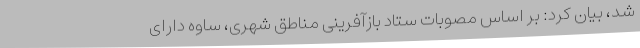
شد، بیان کرد: بر اساس مصوبات ستاد بازآفرینی مناطق شهری، ساوه دارای